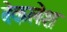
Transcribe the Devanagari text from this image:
बेकलेश